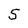
Character: 5